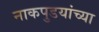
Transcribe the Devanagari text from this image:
नाकपुडयांच्या